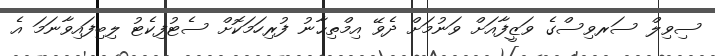
ސިވިލް ސަރވިސްގެ ވަޒީފާއަށް ވަނުމަށް ދެވޭ އިމްތިޙާނު ފުރިހަމަކޮށް ސެޓުފިކެޓު ލިބިފައިވާނަމަ އެ